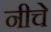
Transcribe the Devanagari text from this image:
नीचे